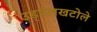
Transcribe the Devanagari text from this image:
उड़्डलखटोले